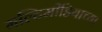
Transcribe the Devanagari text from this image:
मल्टिमीडियाच्या